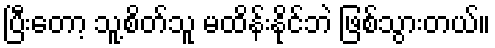
ပြီးတော့ သူ့စိတ်သူ မထိန်းနိုင်ဘဲ ဖြစ်သွားတယ်။